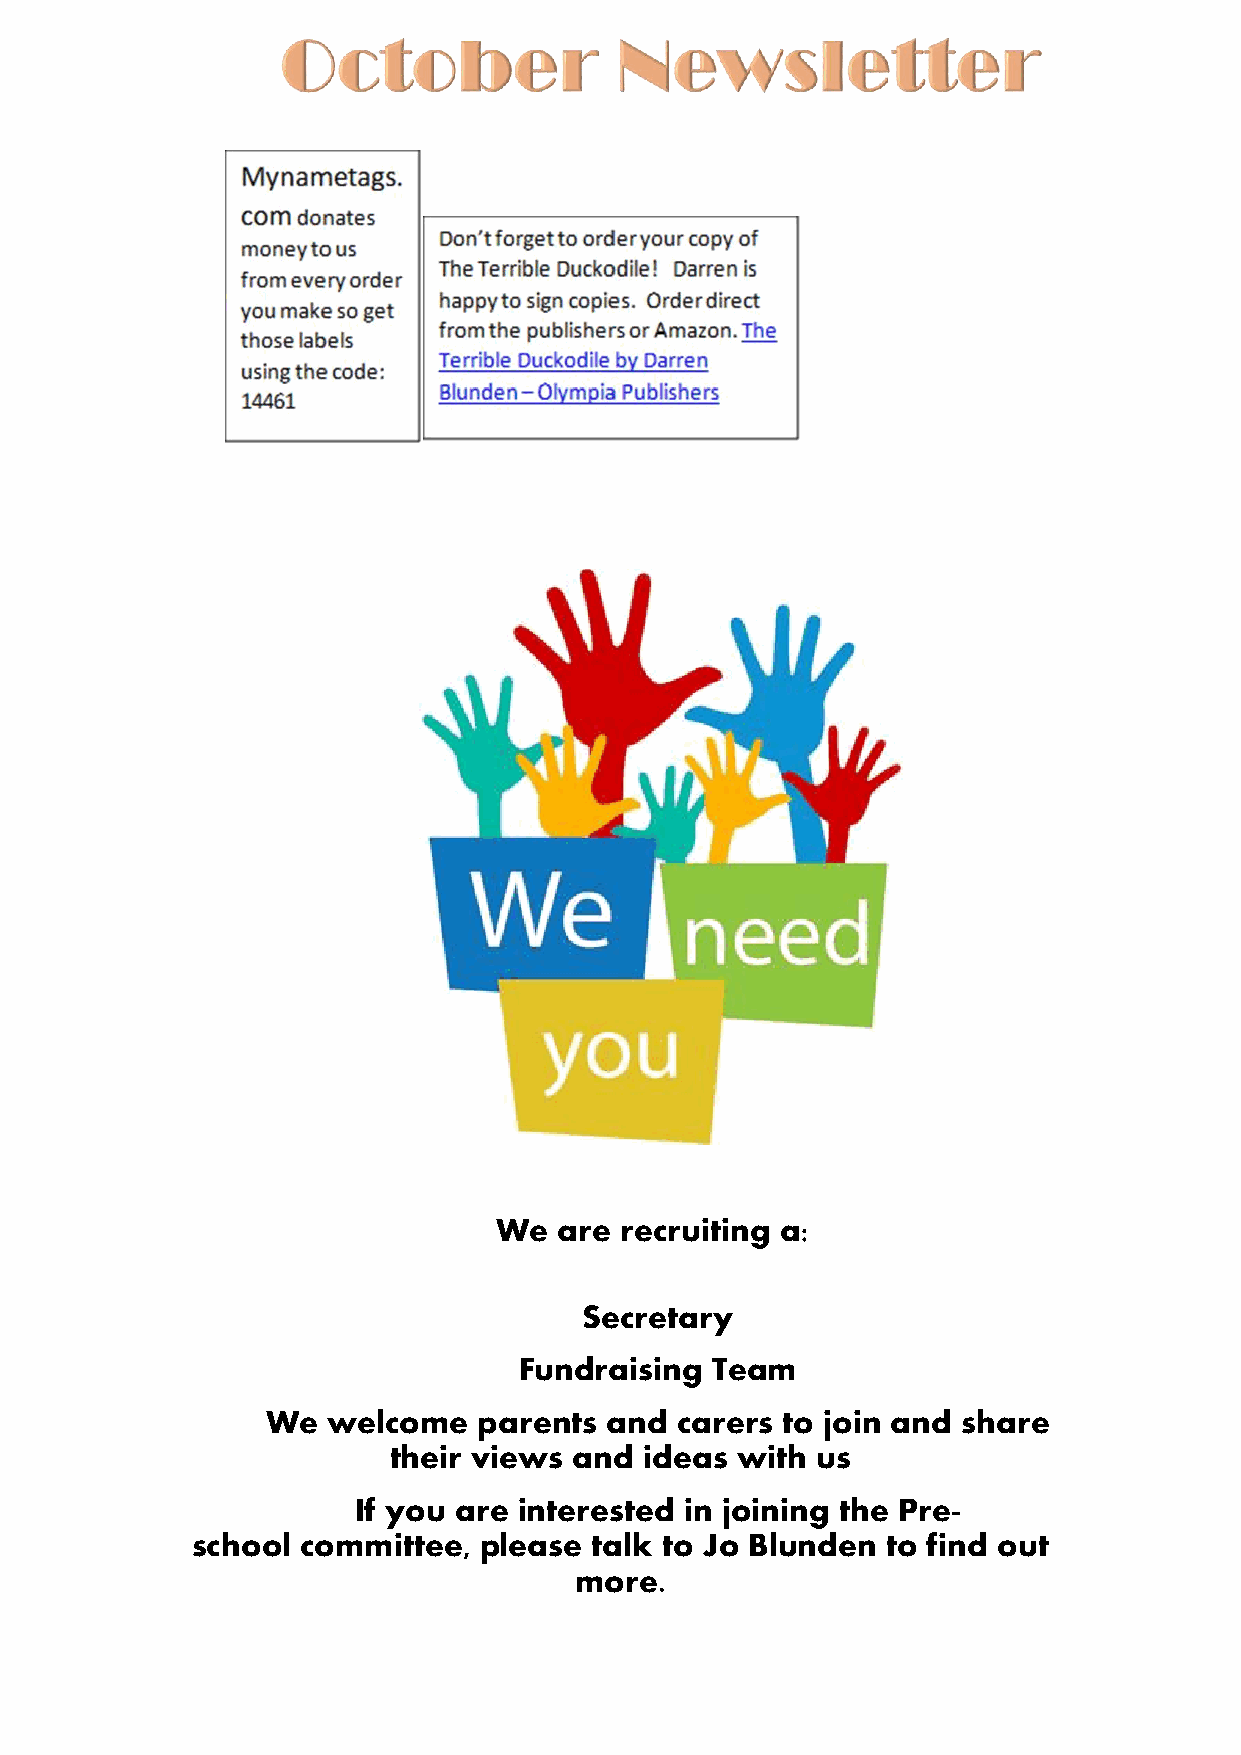
We  are recruiting a:
 Secretary
 Fundraising  Team
 We  welcome   parents and  carers to join and share
 their views and  ideas with us
 If you are interested in joining the Pre-
 school committee,  please talk to Jo Blunden  to find out
 more.